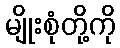
မျိုးစုံတို့ကို